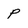
Character: P